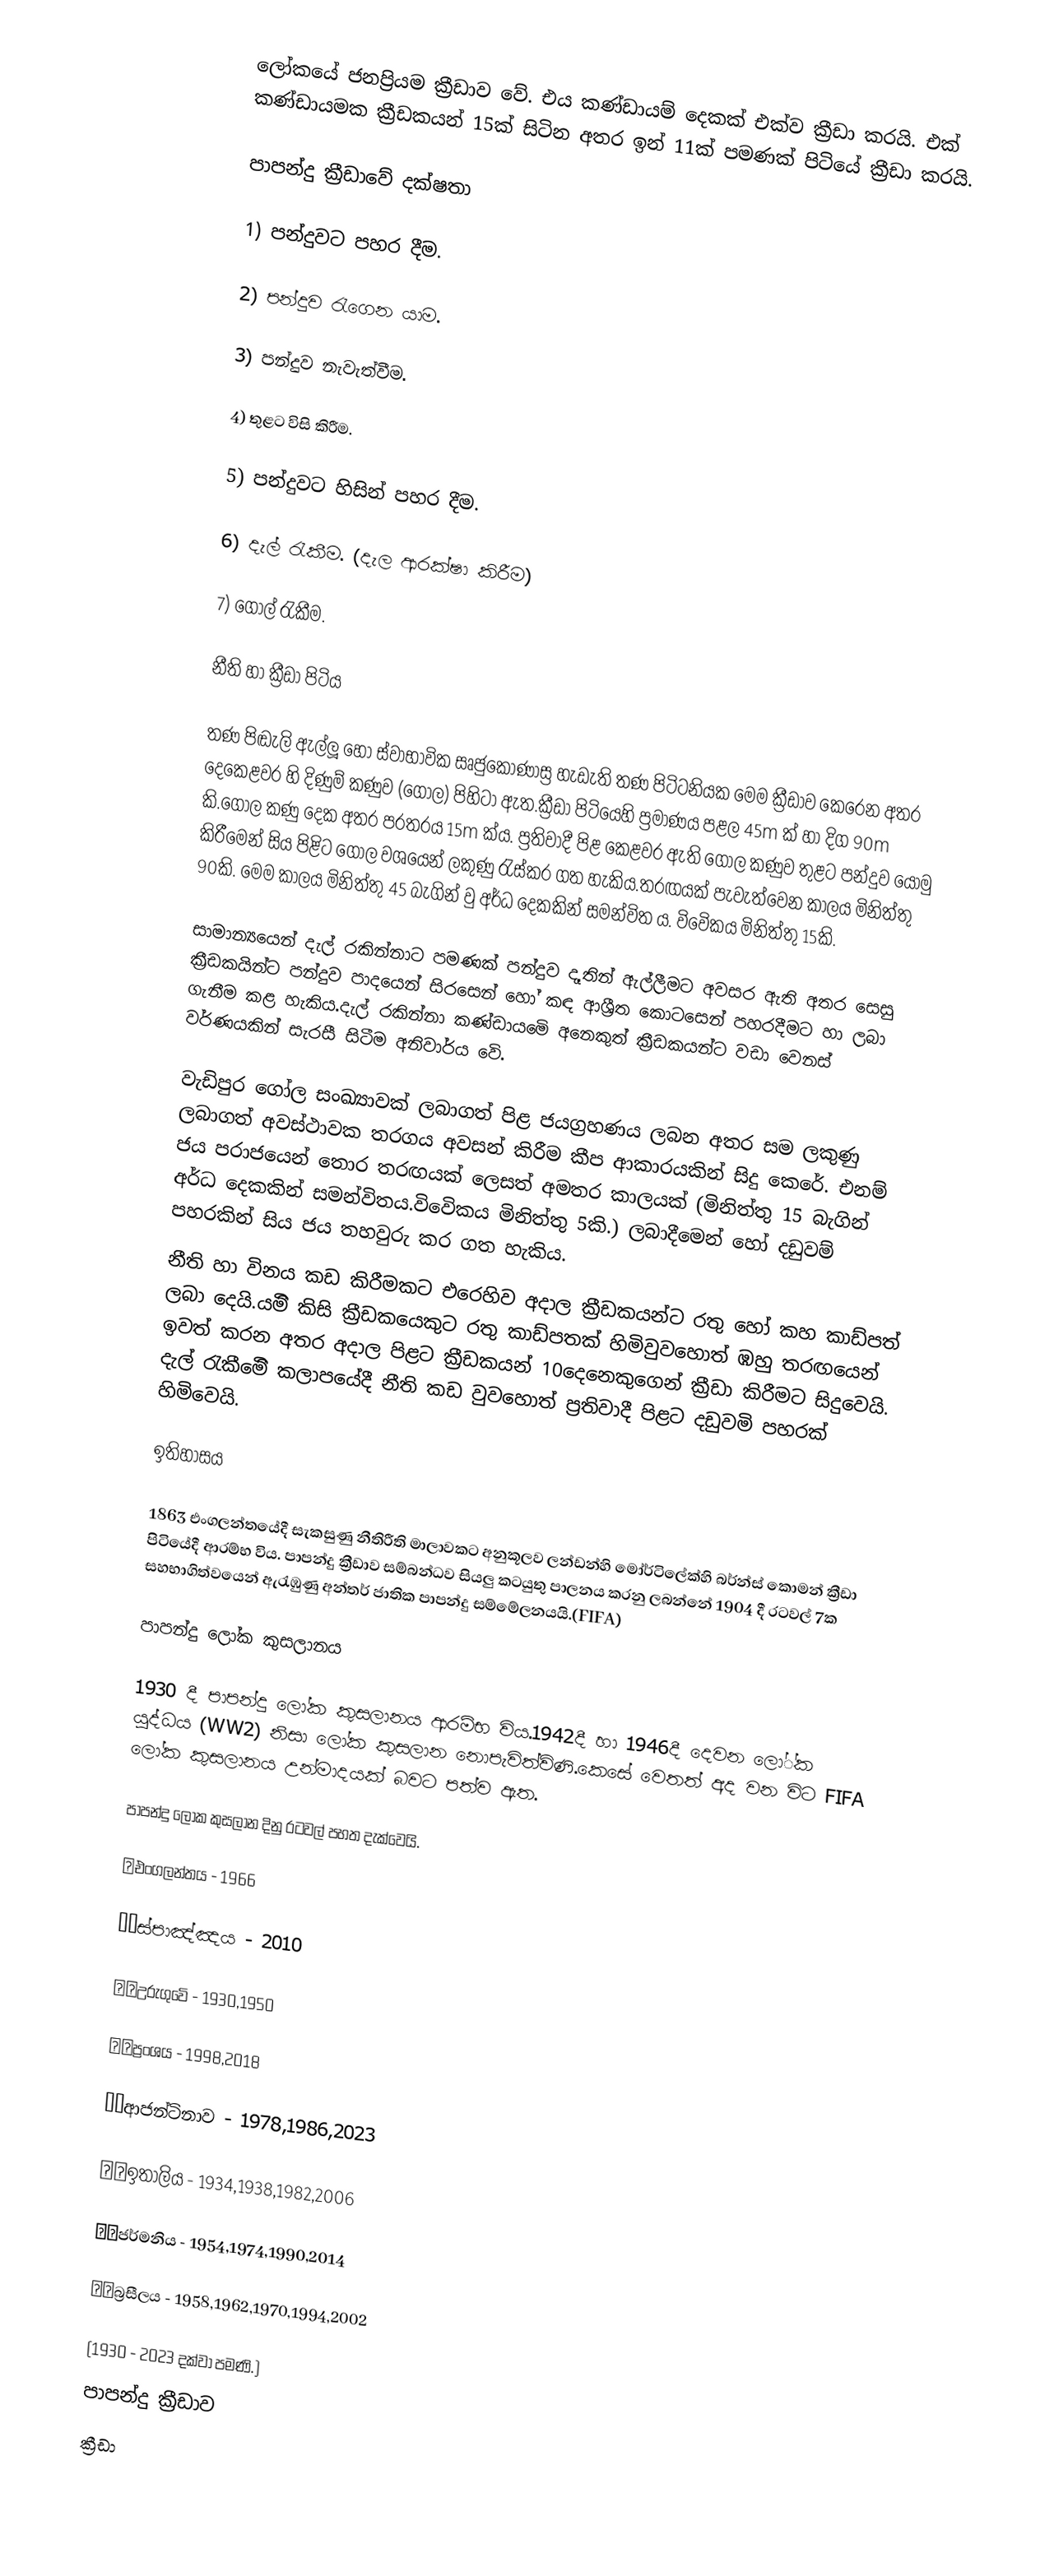
ලෝකයේ ජනප්‍රියම ක්‍රීඩාව වේ. එය කණ්ඩායම් දෙකක් එක්ව ක්‍රීඩා කරයි. එක් කණ්ඩායමක ක්‍රීඩකයන් 15ක් සිටින අතර ඉන් 11ක් පමණක් පිටියේ ක්‍රීඩා කරයි.

පාපන්දු ක්‍රීඩාවේ දක්ෂතා

1) පන්දුවට පහර දීම.

2) පන්දුව රැගෙන යාම.

3) පන්දුව නැවැත්වීම.

4) තුළට විසි කිරීම.

5) පන්දුවට හිසින් පහර දීම.

6) දැල් රැකීම. (දැල ආරක්ෂා කිරීම)

7) ගෝල් රැකීම.

නීති හා ක්‍රීඩා පිටිය

තණ පිඬැලි ඇල්ලූ හෝ ස්වාභාවික සෘජුකෝණාස්‍ර හැඩැති තණ පිටිටනියක මෙම ක්‍රීඩාව කෙරෙන අතර දෙකෙළවර හි දිණුම් කණුව (ගෝල) පිහිටා ඇත.ක්‍රීඩා පිටියෙහි ප්‍රමාණය පළල 45m ක් හා දිග 90m කි.⁣ගෝල කණු දෙක අතර පරතරය 15m ක්ය. ප්‍රතිවාදී පිළ කෙළවර ඇති ගෝල කණුව තුළට පන්දුව යොමු කිරීමෙන් සිය පිළිට ගෝල වශයෙන් ලකුණු රැස්කර ගත හැකිය.තරඟයක් පැවැත්වෙන කාලය මිනිත්තු 90කි. මෙම කාලය මිනිත්තු 45 බැගින් වු අර්ධ දෙකකින් සමන්විත ය. විවෙිකය මිනිත්තු 15කි.

සාමාන්‍යයෙන් දැල් රකින්නාට පමණක් පන්දුව දෑතින් ඇල්ලීමට අවසර ඇති අතර සෙසු ක්‍රීඩකයින්ට පන්දුව පාදයෙන් සිරසෙන් හෝ කඳ ආශ්‍රීත කොටසෙන් පහරදීමට හා ලබා ගැනීම කළ හැකිය.දැල් රකින්නා කණ්ඩායමෙි අනෙකුත් ක්‍රීඩකයන්ට වඩා වෙනස් වර්ණයකින් සැරසී සිටීම අනිවාර්ය වෙි.

වැඩිපුර ගෝල සංඛ්‍යාවක් ලබාගත් පිළ ජයග්‍රහණය ලබන අතර සම ලකුණු ලබාගත් අවස්ථාවක තරගය අවසන් කිරීම කීප ආකාරයකින් සිදු කෙරේ. එනම් ජය පරාජයෙන් තොර තරඟයක් ලෙසත් අමතර කාලයක් (මිනිත්තු 15 බැගින් අර්ධ දෙකකින් සමන්විතය.විවෙිකය මිනිත්තු 5කි.) ලබාදීමෙන් හෝ දඩුවම් පහරකින් සිය ජය තහවුරු කර ගත හැකිය.
නීති හා විනය කඩ කිරීමකට එරෙහිව අදාල ක්‍රීඩකයන්ට රතු හෝ කහ කාඩ්පත් ⁣ලබා දෙයි.යමිි කිසි ක්‍රීඩකයෙකුට රතු කාඩ්පතක් හිමිවුවහොත් ඹහු තරඟයෙන් ඉවත් කරන අතර අදාල පිළට ක්‍රීඩකයන් 10දෙනෙකුගෙන් ක්‍රීඩා කිරීමට සිදුවෙයි. දැල් රැකීමෙිි කලාපයේදී නීති කඩ වුවහොත් ප්‍රතිවාදී පිළට දඩුවමි පහරක් හිමිවෙයි.

ඉතිහාසය

1863 එංගලන්තයේදී සැකසුණු නීතිරීති මාලාවකට අනුකූලව ලන්ඩන්හි මෝර්ටිලේක්හි බර්න්ස් කොමන් ක්‍රීඩා පිටියේදී ආරම්භ විය. පාපන්දු ක්‍රීඩාව සම්බන්ධව සියලු කටයුතු පාලනය කරනු ලබන්නේ 1904 දී රටවල් 7ක සහභාගිත්වයෙන් ඇරැඹුණු  අන්තර් ජාතික පාපන්දු සම්මේලනයයි.(FIFA)

පාපන්දු ලෝක කුසලානය

1930 දී පාපන්දු ලෝක කුසලානය ආරම්භ විය.1942දී හා 1946දී දෙවන ලෝ්ක යුද්ධය (WW2) නිසා ලෝක කුසලාන නොපැවිත්විණි.කෙසේ වෙතත් අද වන විට FIFA ලෝක කුසලානය උන්මාදයක් බවට පත්ව ඇත.

පාපන්දු ලෝක කුසලාන දිනු රටවල් පහත දැක්වෙයි.

🏴󠁧󠁢󠁥󠁮󠁧󠁿එංගලන්තය - 1966

🇪🇸ස්පාඤ්ඤය - 2010

🇺🇾️උරුගුවෙි - 1930,1950

🇫🇷ප්‍රංශය - 1998,2018

🇦🇷ආජන්ටිනාව - 1978,1986,2023

🇮🇹ඉතාලිය - 1934,1938,1982,2006

🇩🇪ජර්මනිය - 1954,1974,1990,2014

🇧🇷බ්‍රසීලය - 1958,1962,1970,1994,2002

(1930 - 2023 දක්වා පමණි.)
පාපන්දු ක්‍රීඩාව
ක්‍රීඩා